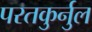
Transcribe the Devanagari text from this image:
परतकुर्नुल